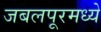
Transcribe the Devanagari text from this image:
जबलपूरमध्ये